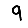
Digit: 9